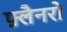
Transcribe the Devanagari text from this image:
फ़्लैनरो